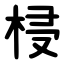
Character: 梫